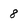
Character: 8